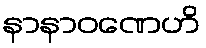
နာနာဝဏေဟိ